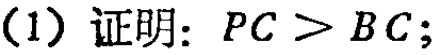
（1）证明：\(PC > BC\);